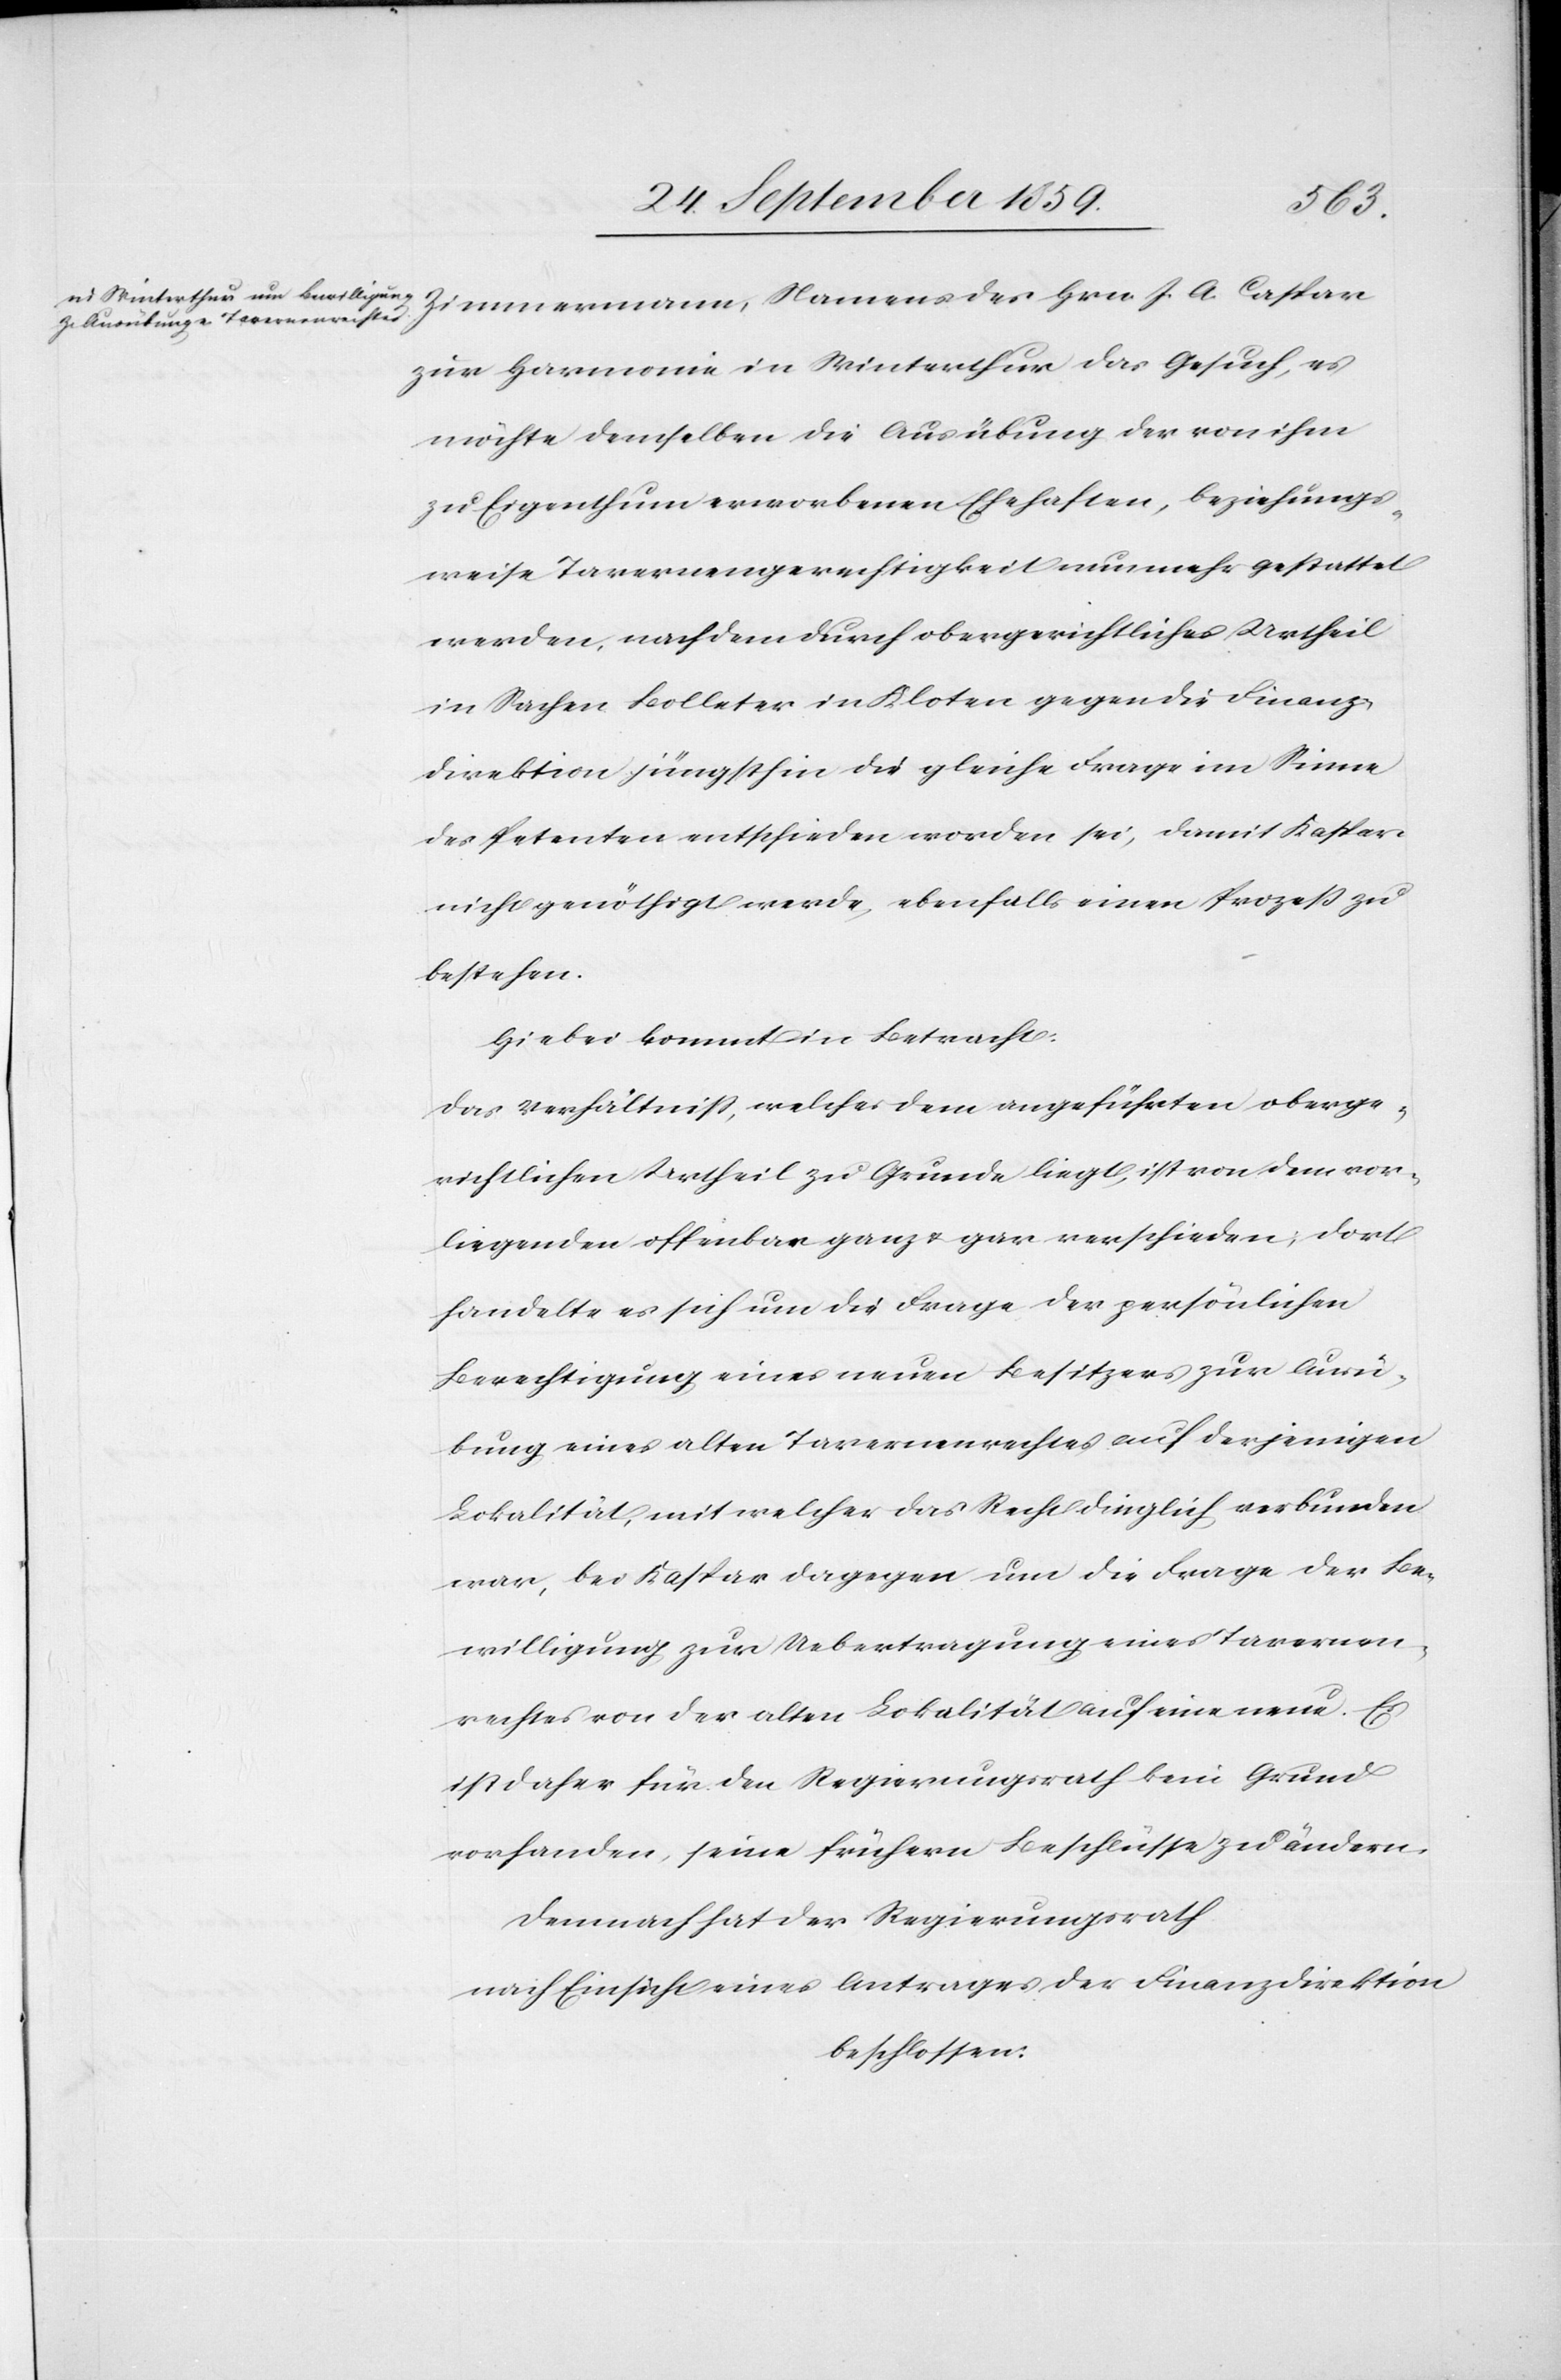
Zimmermann, Namens des Hrn. J. A. Caspar
zur Harmonie in Winterthur das Gesuch, es
möchte demselben die Ausübung der von ihm
zu Eigenthum erworbenen Ehehaften, beziehungs¬
weise Tavernengerechtigkeit nunmehr gestattet
werden, nachdem durch obergerichtliches Urtheil
in Sachen Bolleter in Kloten gegen die Finanz¬
direktion jüngsthin die gleiche Frage im Sinne
des Petenten entschieden worden sei, damit Kaspar
nicht genöthigt werde, ebenfalls einen Prozeß zu
bestehen.
Hiebei kommt in Betracht:
Das Verhältniß, welches dem angeführten oberge¬
richtlichen Urtheil zu Grunde liegt, ist von dem vor¬
liegenden offenbar ganz & gar verschieden; dort
handelte es sich um die Frage der persönlichen
Berechtigung eines neuen Besitzers zur Ausü¬
bung eines alten Tavernenrechtes auf derjenigen
Lokalität, mit welcher das Recht dinglich verbunden
war, bei Kaspar dagegen um die Frage der Be¬
willigung zur Uebertragung eines Tavernen¬
rechtes von der alten Lokalität auf eine neue. Es
ist daher für den Regierungsrath kein Grund
vorhanden, seine frühern Beschlüsse zu ändern.
Demnach hat der Regierungsrath
nach Einsicht eines Antrages der Finanzdirektion
beschlossen: